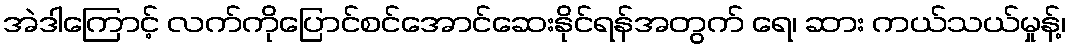
အဲဒါကြောင့် လက်ကိုပြောင်စင်အောင်ဆေးနိုင်ရန်အတွက် ရေ၊ ဆား ကယ်သယ်မှုန့်၊